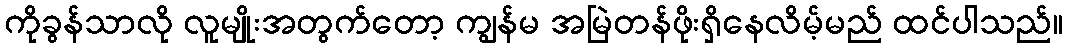
ကိုခွန်သာလို လူမျိုးအတွက်တော့ ကျွန်မ အမြဲတန်ဖိုးရှိနေလိမ့်မည် ထင်ပါသည်။